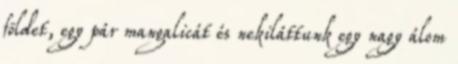
földet, egy pár mangalicát és nekiláttunk egy nagy álom